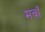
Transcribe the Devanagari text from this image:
मवाँ